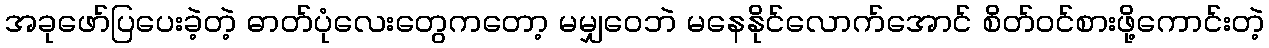
အခုဖော်ပြပေးခဲ့တဲ့ ဓာတ်ပုံလေးတွေကတော့ မမျှဝေဘဲ မနေနိုင်လောက်အောင် စိတ်ဝင်စားဖို့ကောင်းတဲ့